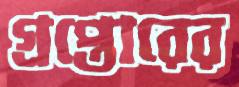
গ্রপ্তোরের